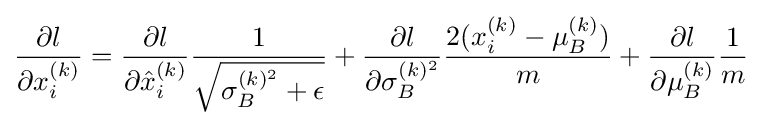
{\frac {\partial l}{\partial x_{i}^{(k)}}}={\frac {\partial l}{\partial {\hat {x}}_{i}^{(k)}}}{\frac {1}{\sqrt {\sigma _{B}^{(k)^{2}}+\epsilon }}}+{\frac {\partial l}{\partial \sigma _{B}^{(k)^{2}}}}{\frac {2(x_{i}^{(k)}-\mu _{B}^{(k)})}{m}}+{\frac {\partial l}{\partial \mu _{B}^{(k)}}}{\frac {1}{m}}